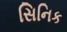
સિનિક